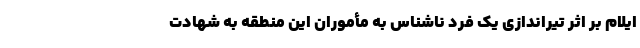
ایلام بر اثر تیراندازی یک فرد ناشناس به مأموران این منطقه به شهادت